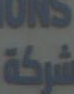
شركة